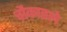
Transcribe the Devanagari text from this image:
चौकातले